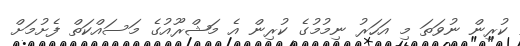
ކުރިން ނުވަތަ މި އަހަރު ނިމުމުގެ ކުރިން އެ މަޝްރޫއުގެ މަސައްކަތް ފެށުމަށް